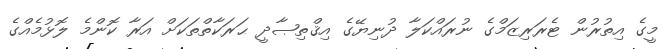
މީގެ އިތުރުން ޓެރަރިޒަމްގެ ނުރައްކަލާ ދުނިޔޭގެ އިޤްތިޞާދީ ޙަރަކާތްތަކަށް އަރާ ކޮންމެ ލޮޅުމެއްގެ